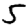
Digit: 5